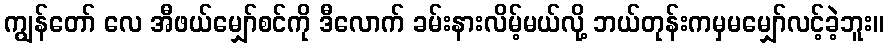
ကျွန်တော် လေ အီဖယ်မျှော်စင်ကို ဒီလောက် ခမ်းနားလိမ့်မယ်လို့ ဘယ်တုန်းကမှမမျှော်လင့်ခဲ့ဘူး။